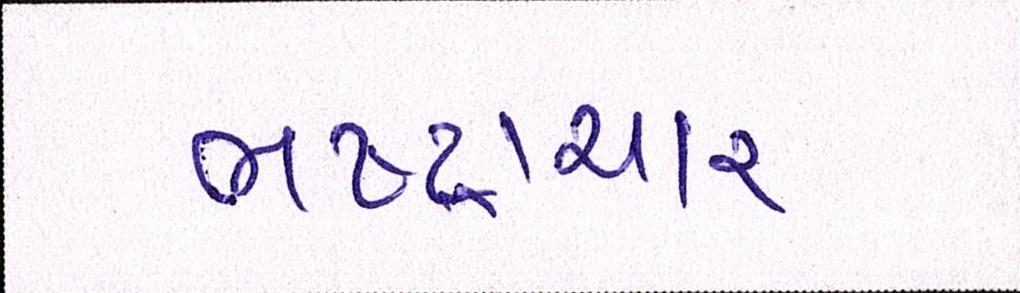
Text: ભષ્ટ્ર્ચાર